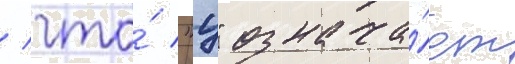
/ что́ "ц" означа́ет